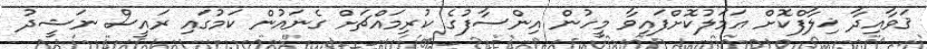
ޤަވާއިދާ ޚިލާފްކޮށް ޢަމަލުކޮށްފައިވާ މީހުން އިންސާފުގެ ކުރިމައްޗަށް ގެނައުން ކަމުގައި ރައީސް ނަޝީދު